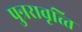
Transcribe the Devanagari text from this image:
पुन्ररावृत्त्ति